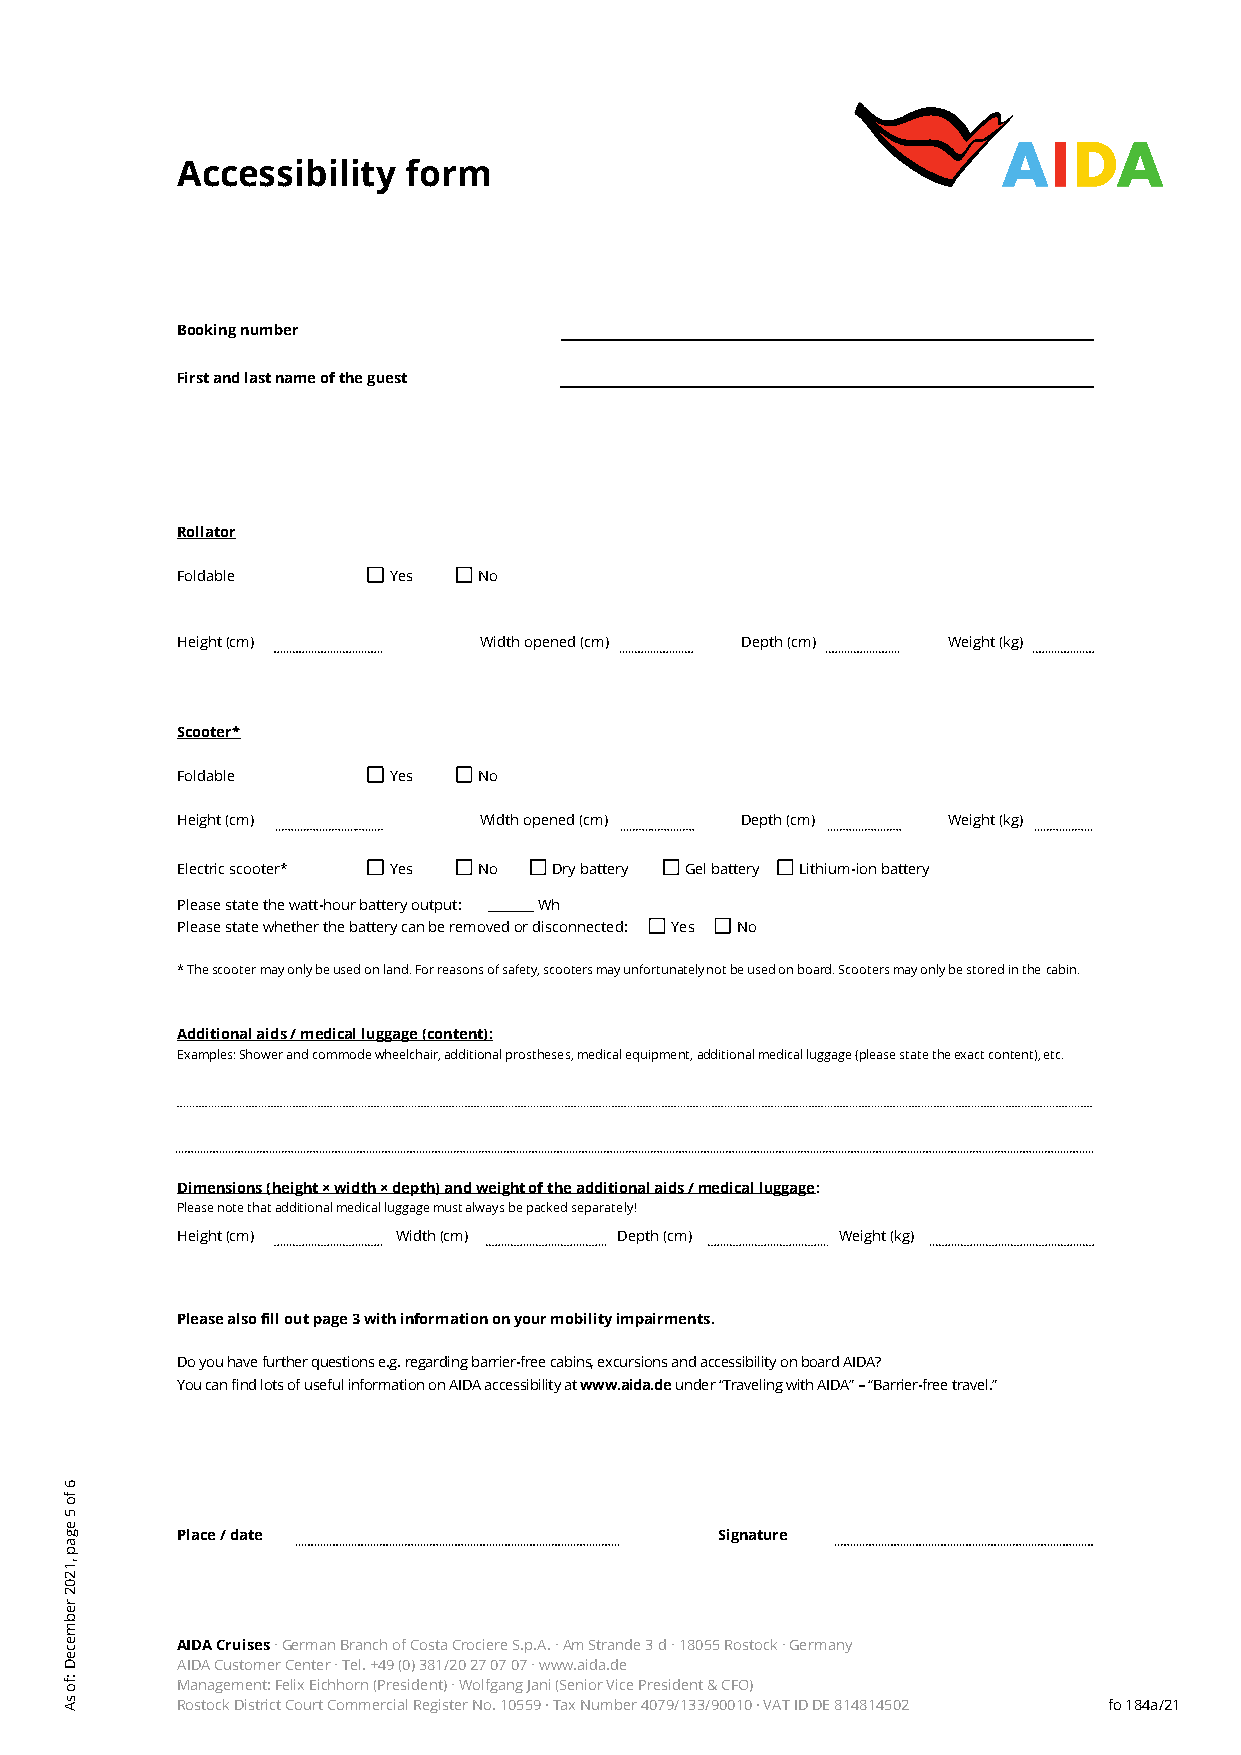
Accessibility  form
 Booking number
 First and last name of the guest
 Rollator
 Foldable      Yes   No
 Height (cm)         Width opened (cm) Depth (cm)   Weight (kg)
 Scooter*
 Foldable      Yes   No
 Height (cm)         Width opened (cm) Depth (cm)   Weight (kg)
 Electric scooter* Yes No Dry battery Gel battery Lithium-ion battery
 Please state the watt-hour battery output: _______ Wh
 Please state whether the battery can be removed or disconnected: Yes No
 * The scooter may only be used on land. For reasons of safety, scooters may unfortunately not be used on board. Scooters may only be stored in the cabin.
 Additional aids / medical luggage (content):
 Examples: Shower and commode wheelchair, additional prostheses, medical equipment, additional medical luggage (please state the exact content), etc.
 Dimensions (height × width × depth) and weight of the additional aids / medical luggage:
 Please note that additional medical luggage must always be packed separately!
 Height (cm)   Width (cm)     Depth (cm)     Weight (kg)
 Please also fill out page 3 with information on your mobility impairments.
 Do you have further questions e.g. regarding barrier-free cabins, excursions and accessibility on board AIDA?
 You can find lots of useful information on AIDA accessibility at www.aida.de under “Traveling with AIDA” – “Barrier-free travel.”
 Place / date                        Signature
 AIDA Cruises ∙ German Branch of Costa Crociere S.p.A. ∙ Am Strande 3 d ∙ 18055 Rostock ∙ Germany
 AIDA Customer Center ∙ Tel. +49 (0) 381/20 27 07 07 ∙ www.aida.de
 Management: Felix Eichhorn (President) ∙ Wolfgang Jani (Senior Vice President & CFO)
 Rostock District Court Commercial Register No. 10559 ∙ Tax Number 4079/133/90010 ∙ VAT ID DE 814814502 fo 184a/21
 6
 fo
 5
 egap
 ,1202
 rebmeceD
 :fo
 sA